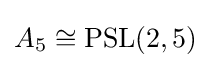
A_{5}\cong \operatorname {PSL} (2,5)